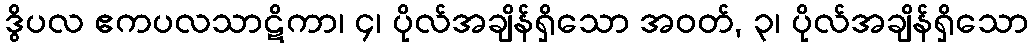
ဒွိပလ ဧကပလသာဋိကာ၊ ၄၊ ပိုလ်အချိန်ရှိသော အဝတ်, ၃၊ ပိုလ်အချိန်ရှိသော